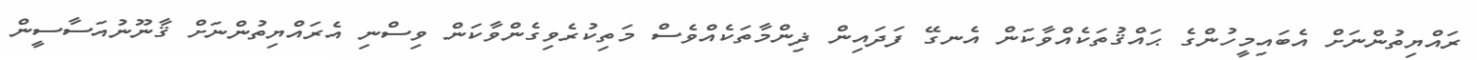
ރައްޔިތުންނަށް އެބައިމީހުންގެ ޙައްޤުތަކެއްވާކަން އެނގޭ ފަދައިން ޛިންމާތަކެއްވެސް މަތިކުރެވިގެންވާކަން ވިސްނި އެރައްޔިތުންނަށް ޤާނޫނުއަސާސީން